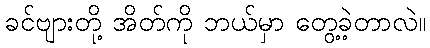
ခင်ဗျားတို့ အိတ်ကို ဘယ်မှာ တွေ့ခဲ့တာလဲ။